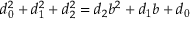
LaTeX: d _ { 0 } ^ { 2 } + d _ { 1 } ^ { 2 } + d _ { 2 } ^ { 2 } = d _ { 2 } b ^ { 2 } + d _ { 1 } b + d _ { 0 }